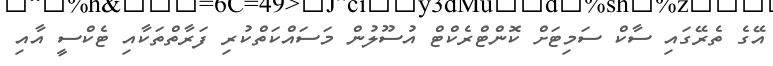
އޭގެ ތެރޭގައި ސާކް ސަމިޓަށް ކޮންޓްރެކްޓް އުސޫލުން މަސައްކަތްކުރި ފަރާތްތަކާއި ޓެކްސީ އާއި